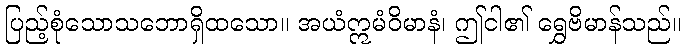
ပြည့်စုံသောသဘောရှိထသော။ အယံဣမံဝိမာနံ၊ ဤငါ၏ ရွှေဗိမာန်သည်။